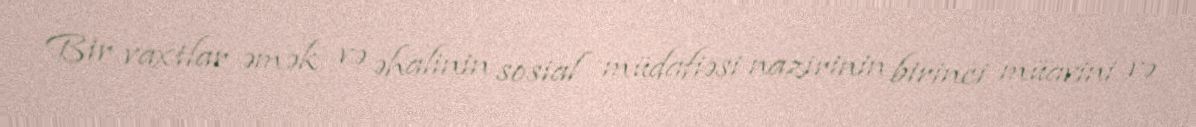
Bir vaxtlar əmək və əhalinin sosial müdafiəsi nazirinin birinci müavini və